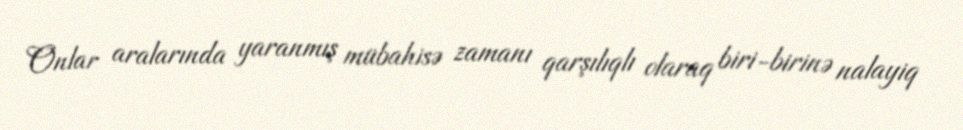
Onlar aralarında yaranmış mübahisə zamanı qarşılıqlı olaraq biri-birinə nalayiq